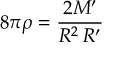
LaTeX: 8 \pi \rho = { \frac { 2 M ^ { \prime } } { R ^ { 2 } \, R ^ { \prime } } }